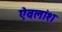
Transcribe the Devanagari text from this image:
ऐवलांश